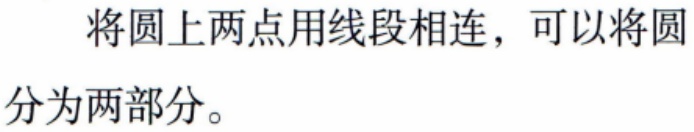
将圆上两点用线段相连，可以将圆分为两部分。